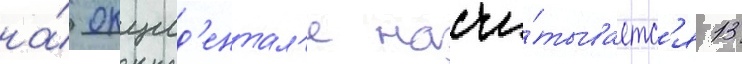
на́ окцид'ентал'е насчи́тываетс'я 13